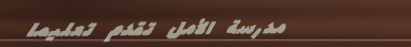
مدرسة الأمل تقدم تعليمًا